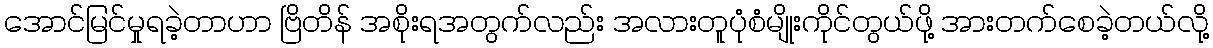
အောင်မြင်မှုရခဲ့တာဟာ ဗြိတိန် အစိုးရအတွက်လည်း အလားတူပုံစံမျိုးကိုင်တွယ်ဖို့ အားတက်စေခဲ့တယ်လို့